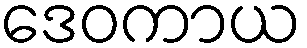
ဒေဝကာယ